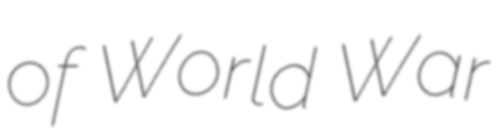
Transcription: of World War